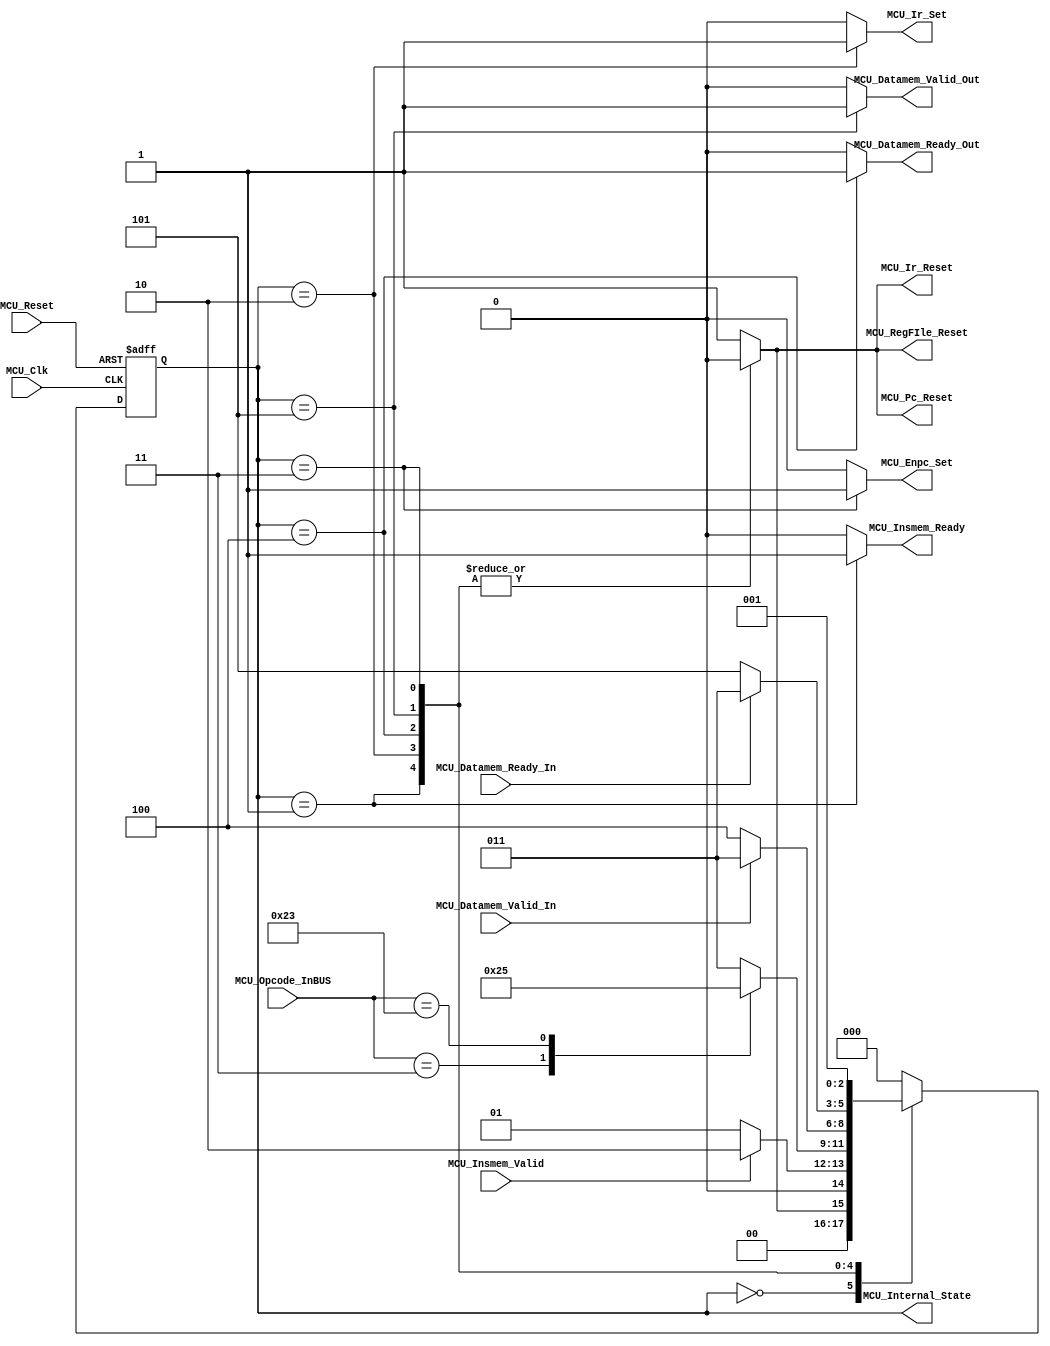
/*#########################################################################
//# Main control unit
//#########################################################################
//#
//# Copyright (C) 2021 Jose Maria Jaramillo Hoyos
//# 
//# This program is free software: you can redistribute it and/or modify
//# it under the terms of the GNU General Public License as published by
//# the Free Software Foundation, either version 3 of the License, or
//# (at your option) any later version.
//#
//# This program is distributed in the hope that it will be useful,
//# but WITHOUT ANY WARRANTY; without even the implied warranty of
//# MERCHANTABILITY or FITNESS FOR A PARTICULAR PURPOSE.  See the
//# GNU General Public License for more details.
//#
//# You should have received a copy of the GNU General Public License
//# along with this program.  If not, see <https://www.gnu.org/licenses/>.
//#
//########################################################################*/

module MCU(

///// inputs /////
MCU_Clk,
MCU_Reset,
MCU_Insmem_Valid,
MCU_Datamem_Valid_In,
MCU_Datamem_Ready_In,
MCU_Opcode_InBUS,

///// outputs /////
MCU_Internal_State,
MCU_Pc_Reset, 
MCU_Enpc_Set, 
//MCU_Enpc_Reset, 
MCU_Ir_Reset,
MCU_Ir_Set,
MCU_RegFIle_Reset,
MCU_Insmem_Ready,
MCU_Datamem_Ready_Out,
MCU_Datamem_Valid_Out

);

//=======================================================
//  State declarations
//=======================================================

localparam [2:0] State_reset			   = 3'b000;
localparam [2:0] State_Wait			   = 3'b001;
localparam [2:0] State_Fetch           = 3'b010;
localparam [2:0] State_Exec	         = 3'b011;
localparam [2:0] State_Wait_Valid   	= 3'b100;
localparam [2:0] State_Wait_Ready  		= 3'b101;

/// load/store instruction ///
localparam LOAD 			= 7'b0000011;
localparam STORE 			= 7'b0100011;

//=======================================================
//  PORT declarations
//=======================================================

input MCU_Clk;
input MCU_Reset;
input MCU_Insmem_Valid; 
input MCU_Datamem_Valid_In;
input MCU_Datamem_Ready_In;
input [6:0] MCU_Opcode_InBUS;
output [2:0] MCU_Internal_State;
output reg MCU_Pc_Reset;
output reg MCU_Enpc_Set;
//output reg MCU_Enpc_Reset;
output reg MCU_Ir_Reset;
output reg MCU_Ir_Set;
output reg MCU_RegFIle_Reset;
output reg MCU_Insmem_Ready;
output reg MCU_Datamem_Ready_Out;
output reg MCU_Datamem_Valid_Out;

//=======================================================
//  REG/WIRE DECLARATIONS
//=======================================================
reg [2:0] State_Register;
reg [2:0] State_Signal;

// Next state combinational logic
always @(*)
begin
	
	case(State_Register)
	
	State_reset: if(!MCU_Pc_Reset)
						State_Signal=State_reset;
					 else
						State_Signal=State_Wait;
						
						
	State_Wait:  if(MCU_Insmem_Valid)
						State_Signal=State_Fetch;
					 else
						State_Signal=State_Wait;
							
	State_Fetch: 
	begin
			
			case(MCU_Opcode_InBUS)
				
				LOAD:
				begin
					State_Signal=State_Wait_Valid;
				end
				
				STORE:
				begin
					State_Signal=State_Wait_Ready;
				end
			
				default:
					State_Signal=State_Exec;
							
			endcase
			
	end
	
	
	State_Wait_Valid: if(MCU_Datamem_Valid_In)
								State_Signal=State_Exec;
							else
								State_Signal=State_Wait_Valid;
	
	
	State_Wait_Ready: if(MCU_Datamem_Ready_In)
								State_Signal=State_Exec;
							else
								State_Signal=State_Wait_Ready;
	
	
	State_Exec:State_Signal=State_Wait;

	
	default: State_Signal =State_reset;
	
	endcase

	
end


// Sequential Logic // asynchronous active low reset
always @ (posedge MCU_Clk, negedge MCU_Reset)
begin
		if(!MCU_Reset)
			State_Register <= State_reset;
		else
			State_Register <= State_Signal;
end



// COMBINATIONAL OUTPUT LOGIC
always @ (*)
begin
	
	case(State_Register)
	
		State_reset:
		begin
			MCU_Pc_Reset=1'b1; 
			MCU_Enpc_Set=1'b0;
			//MCU_Enpc_Reset=1'b0;
			MCU_Ir_Reset=1'b1;
			MCU_Ir_Set=1'b0;
			MCU_RegFIle_Reset=1'b1;
			MCU_Insmem_Ready=1'b0;
			MCU_Datamem_Ready_Out=1'b0;
			MCU_Datamem_Valid_Out=1'b0;
		end
		
		
		State_Wait:
		begin
			MCU_Pc_Reset=1'b0; 
			MCU_Enpc_Set=1'b0;
			//MCU_Enpc_Reset=1'b1;
			MCU_Ir_Reset=1'b0;
			MCU_Ir_Set=1'b0;
			MCU_RegFIle_Reset=1'b0;
			MCU_Insmem_Ready=1'b1;
			MCU_Datamem_Ready_Out=1'b0;
			MCU_Datamem_Valid_Out=1'b0;
		end
		
		State_Fetch:
		begin
			MCU_Pc_Reset=1'b0; 
			MCU_Enpc_Set=1'b0;
			//MCU_Enpc_Reset=1'b1;
			MCU_Ir_Reset=1'b0;
			MCU_Ir_Set=1'b1;
			MCU_RegFIle_Reset=1'b0;
			MCU_Insmem_Ready=1'b0;
			MCU_Datamem_Ready_Out=1'b0;
			MCU_Datamem_Valid_Out=1'b0;
		end
		
		
		State_Exec:
		begin
			MCU_Pc_Reset=1'b0; 
			MCU_Enpc_Set=1'b1;
			//MCU_Enpc_Reset=1'b1;
			MCU_Ir_Reset=1'b0;
			MCU_Ir_Set=1'b0;
			MCU_RegFIle_Reset=1'b0;
			MCU_Insmem_Ready=1'b0;
			MCU_Datamem_Ready_Out=1'b0;
			MCU_Datamem_Valid_Out=1'b0;
		end
		
		
		State_Wait_Ready:
		begin
			MCU_Pc_Reset=1'b0; 
			MCU_Enpc_Set=1'b0;
			//MCU_Enpc_Reset=1'b0;
			MCU_Ir_Reset=1'b0;
			MCU_Ir_Set=1'b0;
			MCU_RegFIle_Reset=1'b0;
			MCU_Insmem_Ready=1'b0;
			MCU_Datamem_Ready_Out=1'b0;
			MCU_Datamem_Valid_Out=1'b1;
		end
		
		
		
		State_Wait_Valid:
		begin
			MCU_Pc_Reset=1'b0; 
			MCU_Enpc_Set=1'b0;
			//MCU_Enpc_Reset=1'b0;
			MCU_Ir_Reset=1'b0;
			MCU_Ir_Set=1'b0;
			MCU_RegFIle_Reset=1'b0;
			MCU_Insmem_Ready=1'b0;
			MCU_Datamem_Ready_Out=1'b1;
			MCU_Datamem_Valid_Out=1'b0;
		end
		
		default:
		begin
			MCU_Pc_Reset=1'b1; 
			MCU_Enpc_Set=1'b0;
			//MCU_Enpc_Reset=1'b0;
			MCU_Ir_Reset=1'b1;
			MCU_Ir_Set=1'b0;
			MCU_RegFIle_Reset=1'b1;
			MCU_Insmem_Ready=1'b0;	
			MCU_Datamem_Ready_Out=1'b0;
			MCU_Datamem_Valid_Out=1'b0;
		end
		
	endcase
end


assign MCU_Internal_State = State_Register;


endmodule